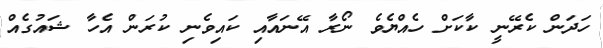
ހަދަން ކެރޭނީ ކާކަށް ހެއްޔެވެ ނޯރާ އޭނައާއި ކައިވެނި ކުރަން އެހާ ޝައުގެއް